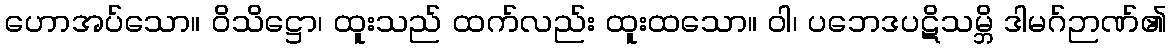
ဟောအပ်သော။ ဝိသိဋ္ဌော၊ ထူးသည် ထက်လည်း ထူးထသော။ ဝါ၊ ပဘေဒပဋိသမ္ဘိ ဒါမဂ်ဉာဏ်၏